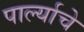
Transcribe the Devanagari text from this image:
पार्ल्याचे